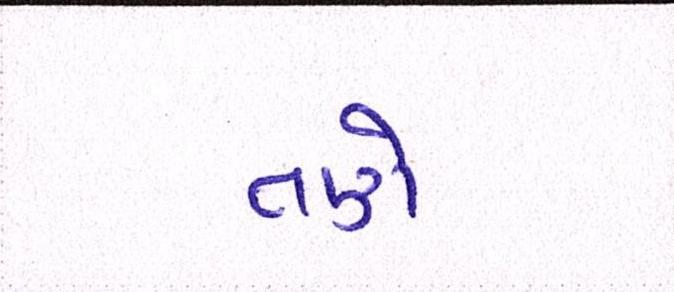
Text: તણે